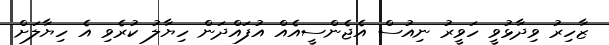
ޒާހިރު ވިދާޅުވީ ހަވީރު ނިއުސް އެޖެންސީއެއް އުފައްދަން ހިޔާލު ކުރެވި އެ ހިޔާލަށް